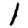
Digit: 1